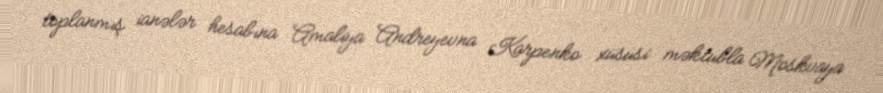
toplanmış ianələr hesabına Amaliya Andreyevna Karpenko xüsusi məktubla Moskvaya